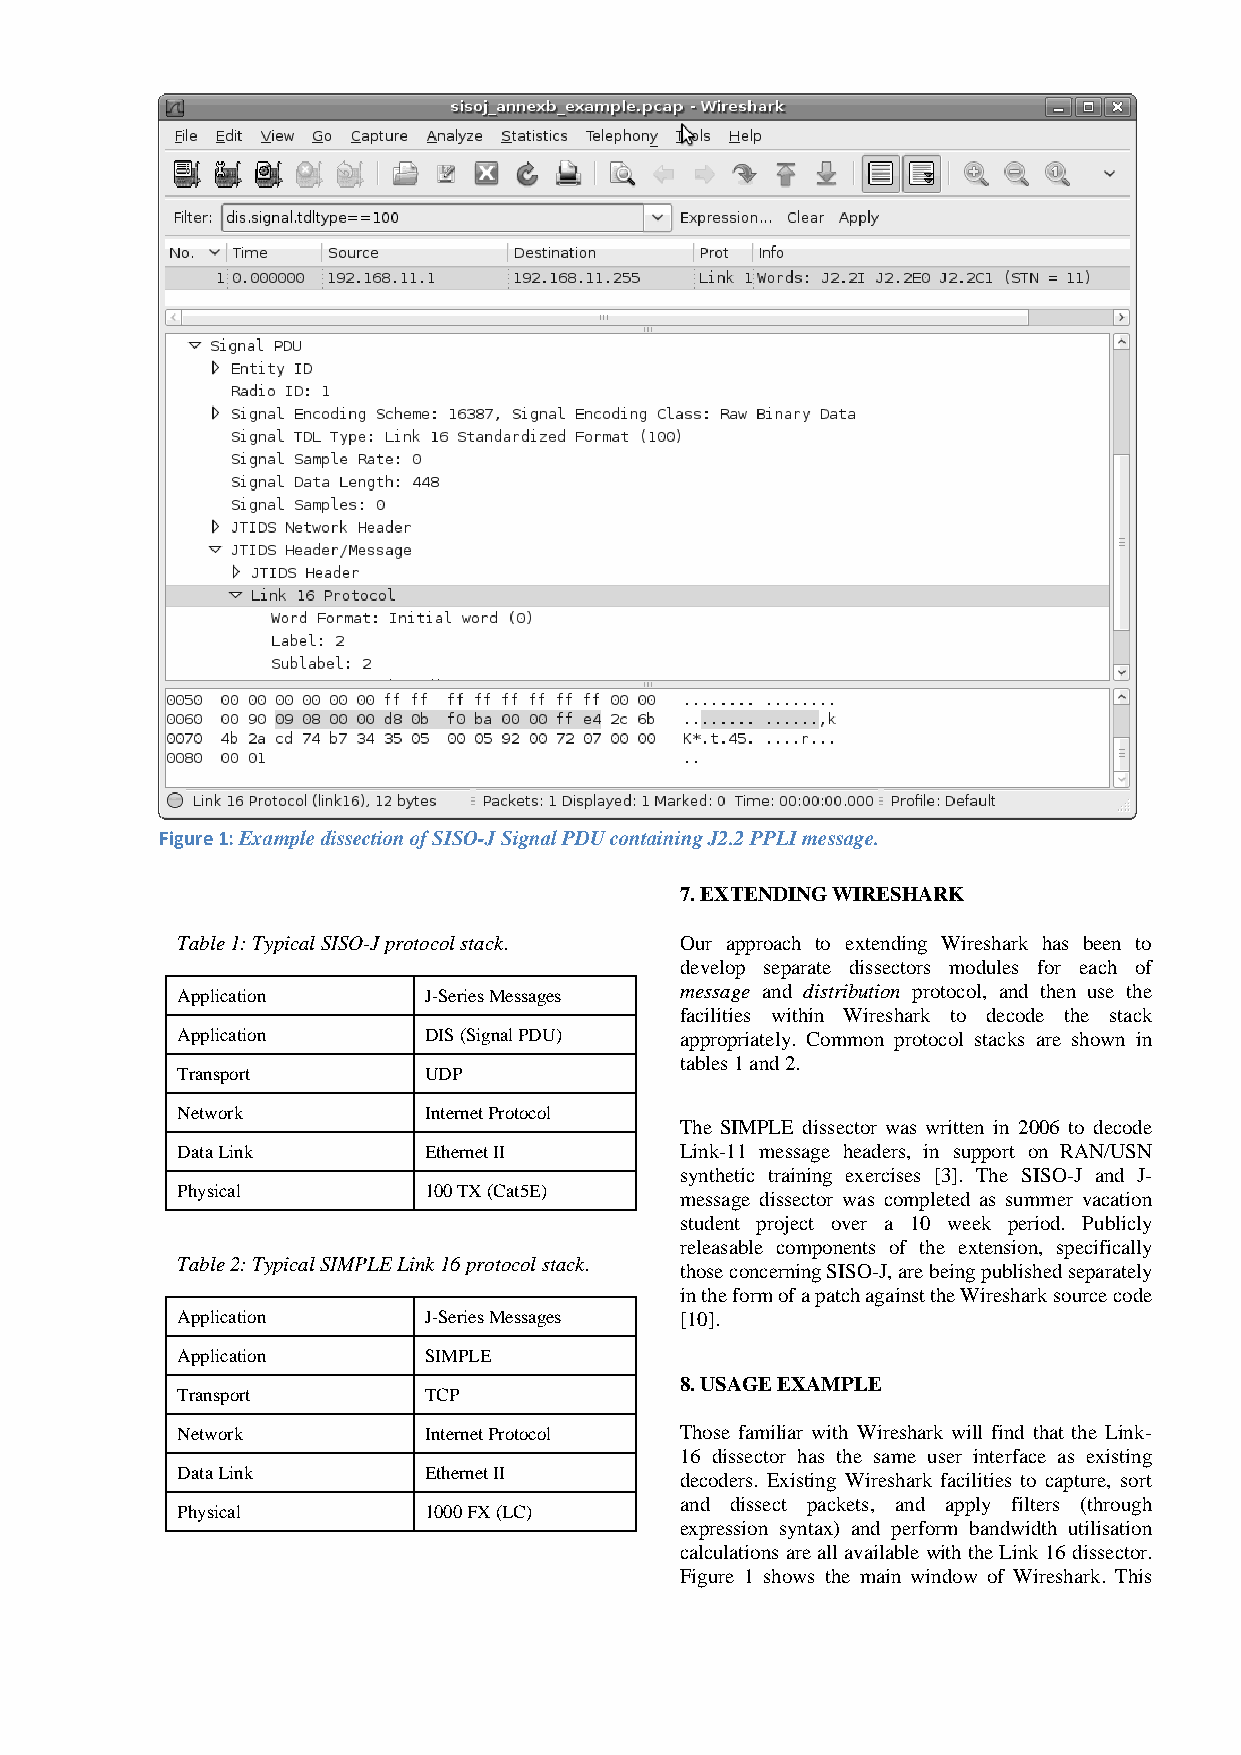
Figure 1: Example dissection of SISO-J Signal PDU containing J2.2 PPLI message.
 7. EXTENDING WIRESHARK
 Table 1: Typical SISO-J protocol stack. Our approach to extending Wireshark has been to
 develop separate dissectors modules for each of
 Application     J-Series Messages message and distribution protocol, and then use the
 facilities within Wireshark to decode the stack
 Application     DIS (Signal PDU) appropriately. Common protocol stacks are shown in
 tables 1 and 2.
 Transport       UDP
 Network         Internet Protocol
 The SIMPLE dissector was written in 2006 to decode
 Data Link       Ethernet II      Link-11 message headers, in support on RAN/USN
 synthetic training exercises [3]. The SISO-J and J-
 Physical        100 TX (Cat5E)
 message dissector was completed as summer vacation
 student project over a 10 week period. Publicly
 releasable components of the extension, specifically
 Table 2: Typical SIMPLE Link 16 protocol stack.
 those concerning SISO-J, are being published separately
 in the form of a patch against the Wireshark source code
 Application     J-Series Messages [10].
 Application     SIMPLE
 8. USAGE EXAMPLE
 Transport       TCP
 Network         Internet Protocol Those familiar with Wireshark will find that the Link-
 16 dissector has the same user interface as existing
 Data Link       Ethernet II
 decoders. Existing Wireshark facilities to capture, sort
 and dissect packets, and apply filters (through
 Physical        1000 FX (LC)
 expression syntax) and perform bandwidth utilisation
 calculations are all available with the Link 16 dissector.
 Figure 1 shows the main window of Wireshark. This